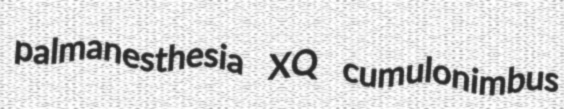
palmanesthesia XQ cumulonimbus